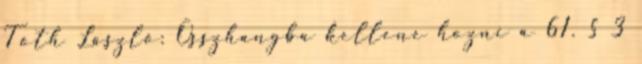
Tóth László: Összhangba kellene hozni a 61. § 3